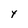
Character: y